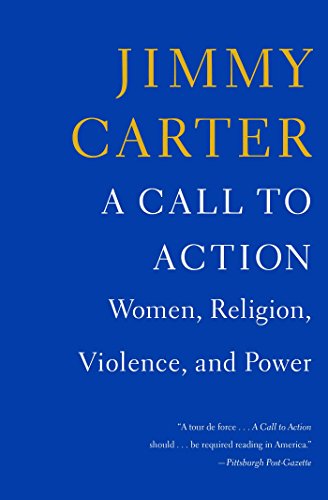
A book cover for A Call to Action: Women, Religion, Violence, and Power; Jimmy Carter; Law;